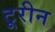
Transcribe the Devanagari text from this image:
टूरीन